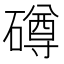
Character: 𥖁